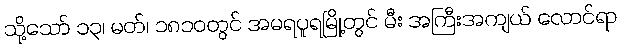
သို့သော် ၁၃၊ မတ်၊ ၁၈၁၀တွင် အမရပူရမြို့တွင် မီး အကြီးအကျယ် လောင်ရာ